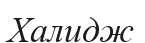
Халидж